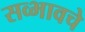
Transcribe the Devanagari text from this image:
सव्भावचे